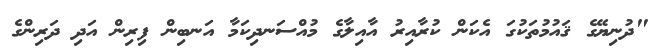
"ދުނިޔޭގެ ޤައުމުތަކުގަ އެކަން ކުރާއިރު އާއިލާގެ މުއްސަނދިކަމާ އަނބިން ފިރިން އަދި ދަރިންގެ